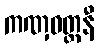
ကဏှဝတ္တနီ